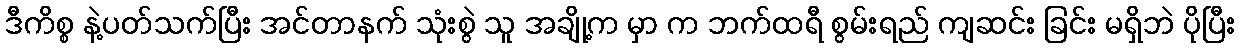
ဒီကိစ္စ နဲ့ပတ်သက်ပြီး အင်တာနက် သုံးစွဲ သူ အချို့က မှာ က ဘက်ထရီ စွမ်းရည် ကျဆင်း ခြင်း မရှိဘဲ ပိုပြီး